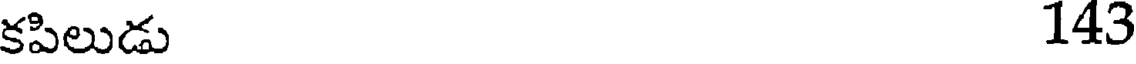
కపిలుడు 143